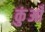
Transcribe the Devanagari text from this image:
कुंआँ